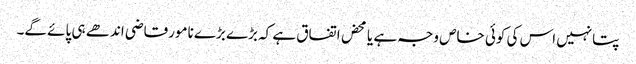
پتانہیں اس کی کوئی خاص وجہ ہے یا محض اتفاق ہے کہ بڑے بڑے نامورقاضی اندھے ہی پائے گے۔